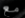
مع